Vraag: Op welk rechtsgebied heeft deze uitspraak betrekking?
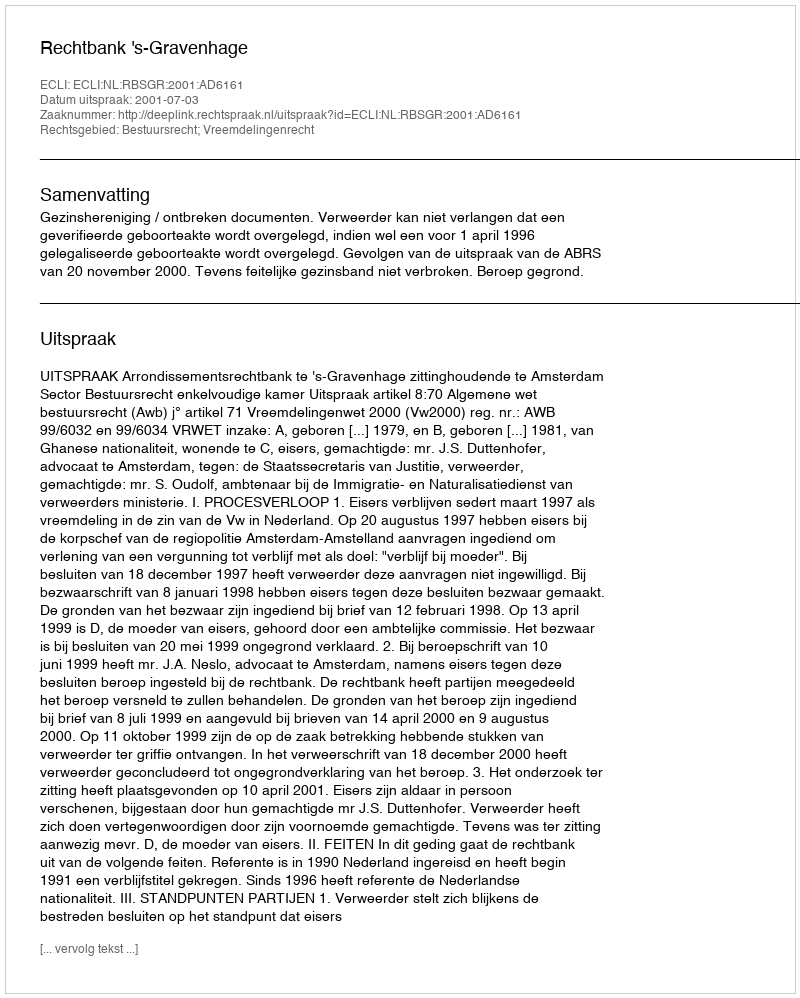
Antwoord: Bestuursrecht; Vreemdelingenrecht